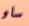
ساو